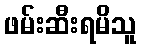
ဖမ်းဆီးရမိသူ